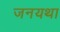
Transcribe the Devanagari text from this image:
जनयथा